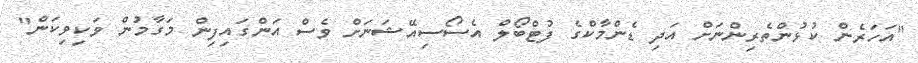
"އަހަރެން ކުޅުންތެރިންނަށް އަދި ޑެންމާކްގެ ފުޓްބޯލް އެސޯސިއޭޝަނަށް ވެސް އަންގައިފިން މަގާމުން ވަކިވިކަން"